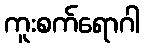
ကူးစက်ရောဂါ